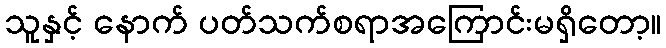
သူနှင့် နောက် ပတ်သက်စရာအကြောင်းမရှိတော့။